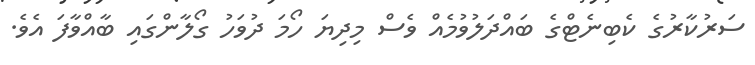
ސަރުކާރުގެ ކެބިނެޓްގެ ބައްދަލުވުމެއް ވެސް މިދިޔަ ހޯމަ ދުވަހު ގޯލާންގައި ބާއްވާފަ އެވެ.